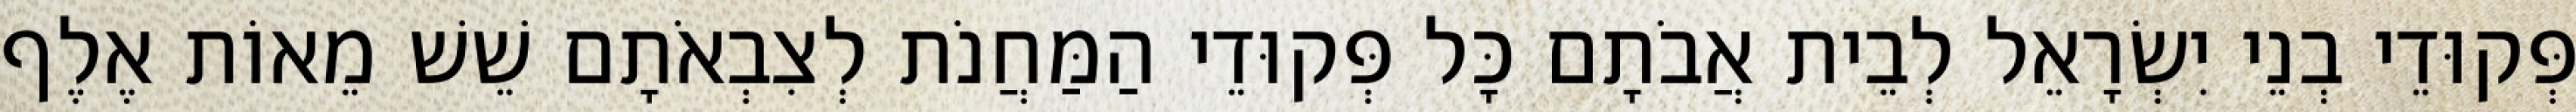
פְּקוּדֵי בְנֵי יִשְׂרָאֵל לְבֵית אֲבֹתָם כָּל פְּקוּדֵי הַמַּחֲנֹת לְצִבְאֹתָם שֵׁשׁ מֵאוֹת אֶלֶף